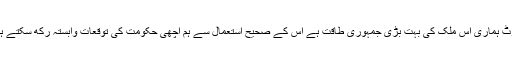
ووٹ ہماری اس ملک کی بہت بڑی جمہوری طاقت ہے اس کے صحیح استعمال سے ہم اچھی حکومت کی توقعات وابستہ رکھ سکتے ہیں۔